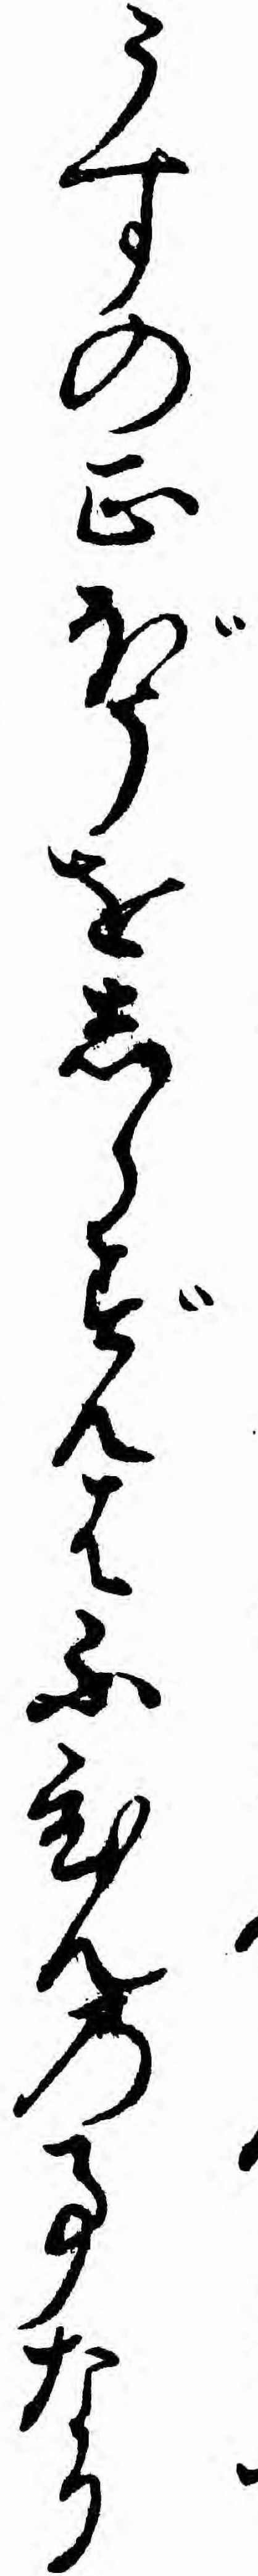
うすの正ぼうをしらずんはふひんの事なり